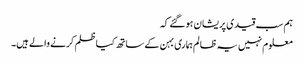
ہم سب قیدی پریشان ہوگئے کہ
معلوم نہیں یہ ظالم ہماری بہن کے ساتھ کیا ظلم کرنے والے ہیں۔